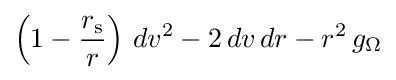
\left(1-{\frac {r_{\mathrm {s} }}{r}}\right)\,dv^{2}-2\,dv\,dr-r^{2}\,g_{\Omega }